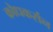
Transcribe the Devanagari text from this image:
क्रोधकर्सन